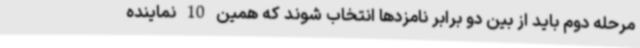
مرحله دوم باید از بین دو برابر نامزدها انتخاب شوند که همین 10 نماینده